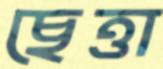
ছেত্তা